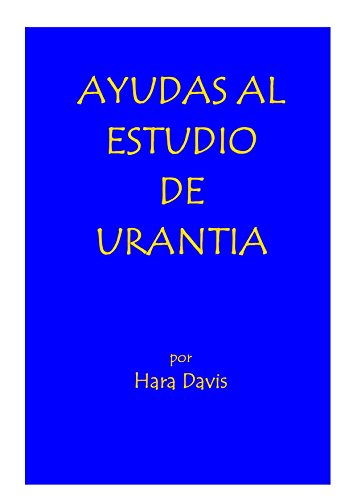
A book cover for Ayudas al Estudio de Urantia (Spanish Edition); Hara Davis; Religion & Spirituality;